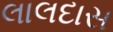
લાલદાસ